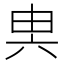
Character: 𠔔